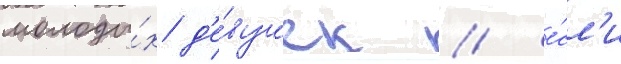
молоды́х д'е́вушек / е́сл'и